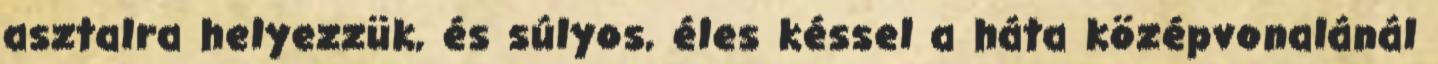
asztalra helyezzük, és súlyos, éles késsel a háta középvonalánál